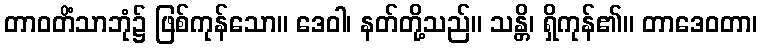
တာဝတိံသာဘုံ၌ ဖြစ်ကုန်သော။ ဒေဝါ၊ နတ်တို့သည်။ သန္တိ၊ ရှိကုန်၏။ တာဒေဝတာ၊